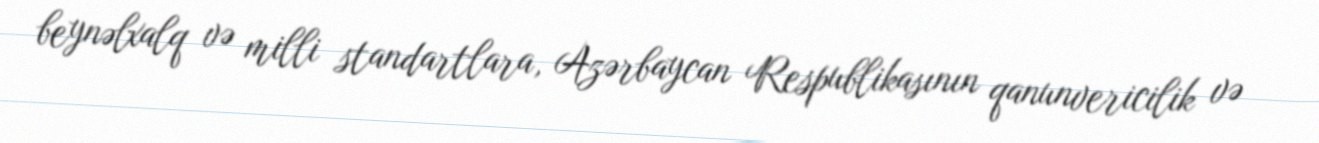
beynəlxalq və milli standartlara, Azərbaycan Respublikasının qanunvericilik və